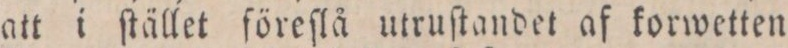
att i ſtället föreſlå utruſtandet af korwetten